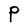
Character: P